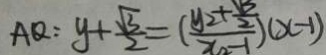
A Q : y + \frac { \sqrt { 3 } } { 2 } = ( \frac { y _ { 2 } + \frac { \sqrt { 3 } } { 2 } } { x _ { 2 } - 1 } ) ( x - 1 )